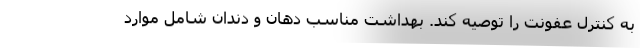
به کنترل عفونت را توصیه کند. بهداشت مناسب دهان و دندان شامل موارد